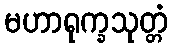
မဟာရုက္ခသုတ္တံ